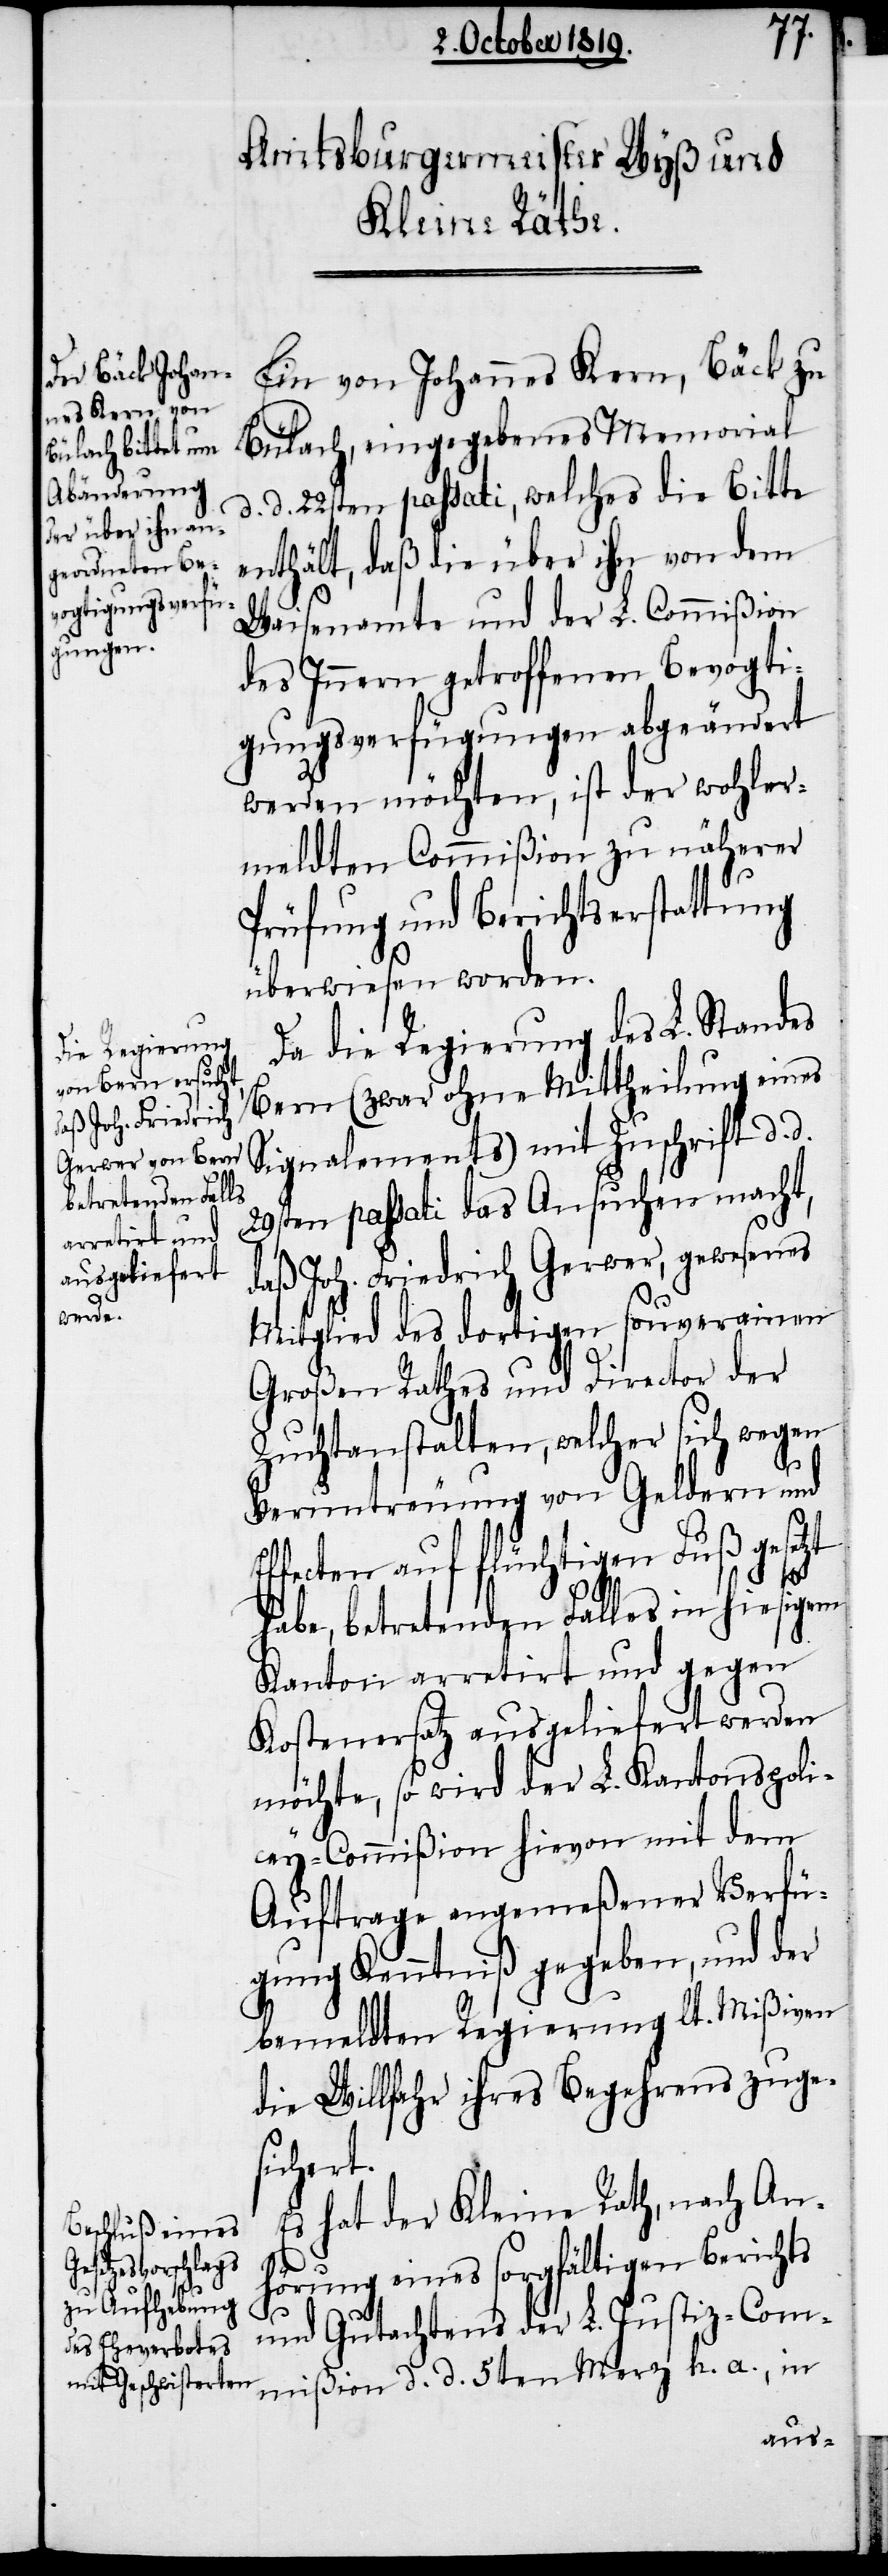
Ef¬
Ein von Johannes Kern, Bäck zu
Bülach, eingegebenes Memorial
d. d. 22sten passati, welches die Bitte
enthält, daß die über ihn von dem
Waisenamte und der L. Commißion
des Innern getroffenen Bevogti¬
gungsverfügungen abgeändert
werden möchten, ist der wohler¬
meldten Commißion zu näherer
Prüfung und Berichtserstattung
überwiesen worden.
Da die Regierung des L. Standes
Bern (zwar ohne Mittheilung eines
Signalements) mit Zuschrift d. d.
29sten passati das Ansuchen macht,
daß Joh. Friedrich Gerwer, gewesenes
Mitglied des dortigen souverainen
Großen Rathes und Director der
Zuchtanstalten, welcher sich wegen
Veruntreuung von Geldern und
fecten auf flüchtigen Fuß gesetzt
habe, betretenden Falles in hiesigen
Kanton arretirt und gegen
Kostenersatz ausgeliefert werden
möchte, so wird der L. Kantonspoli¬
cey-Commißion hievon mit dem
Auftrage angemeßener Verfü¬
gung Kenntniß gegeben, und der
bemeldten Regierung lt. Mißiven
die Willfahr ihres Begehrens zuge¬
sichert.
Es hat der Kleine Rath, nach An¬
hörung eines sorgfältigen Berichts
und Gutachtens der L. Justiz-Com¬
mißion d. d. 5ten Merz h. a., in